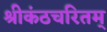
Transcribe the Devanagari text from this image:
श्रीकंठचरितम्‌